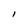
Character: I